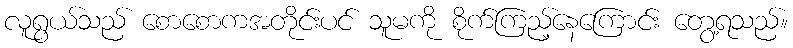
လူရွယ်သည် စောစောကအတိုင်းပင် သူမကို စိုက်ကြည့်နေကြောင်း တွေ့ရသည်။